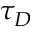
\tau _ { D }